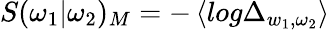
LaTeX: S(\omega_{1}|\omega_{2})_{M}=-\left\langle log\Delta_{w_{1},\omega_{2}}\right\rangle